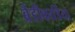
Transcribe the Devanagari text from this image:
ब्रैडीकार्डिया